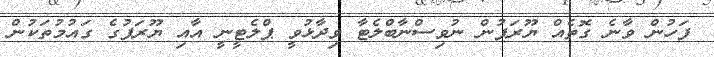
ފަހުން ވާނެ ގޮތެއް ޔޫރަޕުން ނުވިސްނާބްލެޓާ ވިދާޅުވީ ޕްލެޓީނީ އާއި ޔޫރަޕުގެ ގައުމުތަކުން